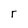
Character: r